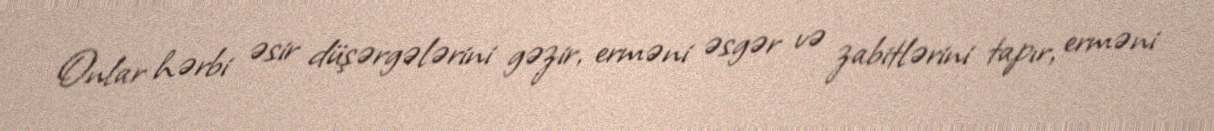
Onlar hərbi əsir düşərgələrini gəzir, erməni əsgər və zabitlərini tapır, erməni